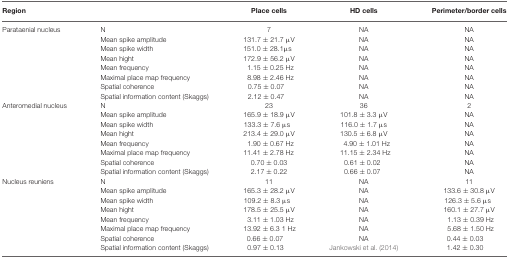
| Region |  | Place cells | HD cells | Perimeter/border cells |
 | --- | --- | --- | --- | --- |
 | Parataenial nucleus | N | 7 | NA | NA |
 |  | Mean spike amplitude | 131.7 ± 21.7 μV | NA | NA |
 |  | Mean spike width | 151.0 ± 28.1μs | NA | NA |
 |  | Mean hight | 172.9 ± 56.2 μV | NA | NA |
 |  | Mean frequency | 1.15 ± 0.25 Hz | NA | NA |
 |  | Maximal place map frequency | 8.98 ± 2.46 Hz | NA | NA |
 |  | Spatial coherence | 0.75 ± 0.07 | NA | NA |
 |  | Spatial information content (Skaggs) | 2.12 ± 0.47 | NA | NA |
 | Anteromedial nucleus | N | 23 | 36 | 2 |
 |  | Mean spike amplitude | 165.9 ± 18.9 μV | 101.8 ± 3.3 μV | NA |
 |  | Mean spike width | 133.3 ± 7.6 μs | 116.0 ± 1.7 μs | NA |
 |  | Mean hight | 213.4 ± 29.0 μV | 130.5 ± 6.8 μV | NA |
 |  | Mean frequency | 1.90 ± 0.67 Hz | 4.90 ± 1.01 Hz | NA |
 |  | Maximal place map frequency | 11.41 ± 2.78 Hz | 11.15 ± 2.34 Hz | NA |
 |  | Spatial coherence | 0.70 ± 0.03 | 0.61 ± 0.02 | NA |
 |  | Spatial information content (Skaggs) | 2.17 ± 0.22 | 0.66 ± 0.07 | NA |
 | Nucleus reuniens | N | 11 | NA | 11 |
 |  | Mean spike amplitude | 165.3 ± 28.2 μV | NA | 133.6 ± 30.8 μV |
 |  | Mean spike width | 109.2 ± 8.3 μs | NA | 126.3 ± 5.6 μs |
 |  | Mean hight | 178.5 ± 25.5 μV | NA | 160.1 ± 27.7 μV |
 |  | Mean frequency | 3.11 ± 1.03 Hz | NA | 1.13 ± 0.39 Hz |
 |  | Maximal place map frequency | 13.92 ± 6.3 1 Hz | NA | 5.68 ± 1.50 Hz |
 |  | Spatial coherence | 0.66 ± 0.07 | NA | 0.44 ± 0.03 |
 |  | Spatial information content (Skaggs) | 0.97 ± 0.13 | Jankowski et al. (2014) | 1.42 ± 0.30 |